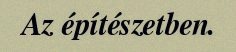
Az építészetben.